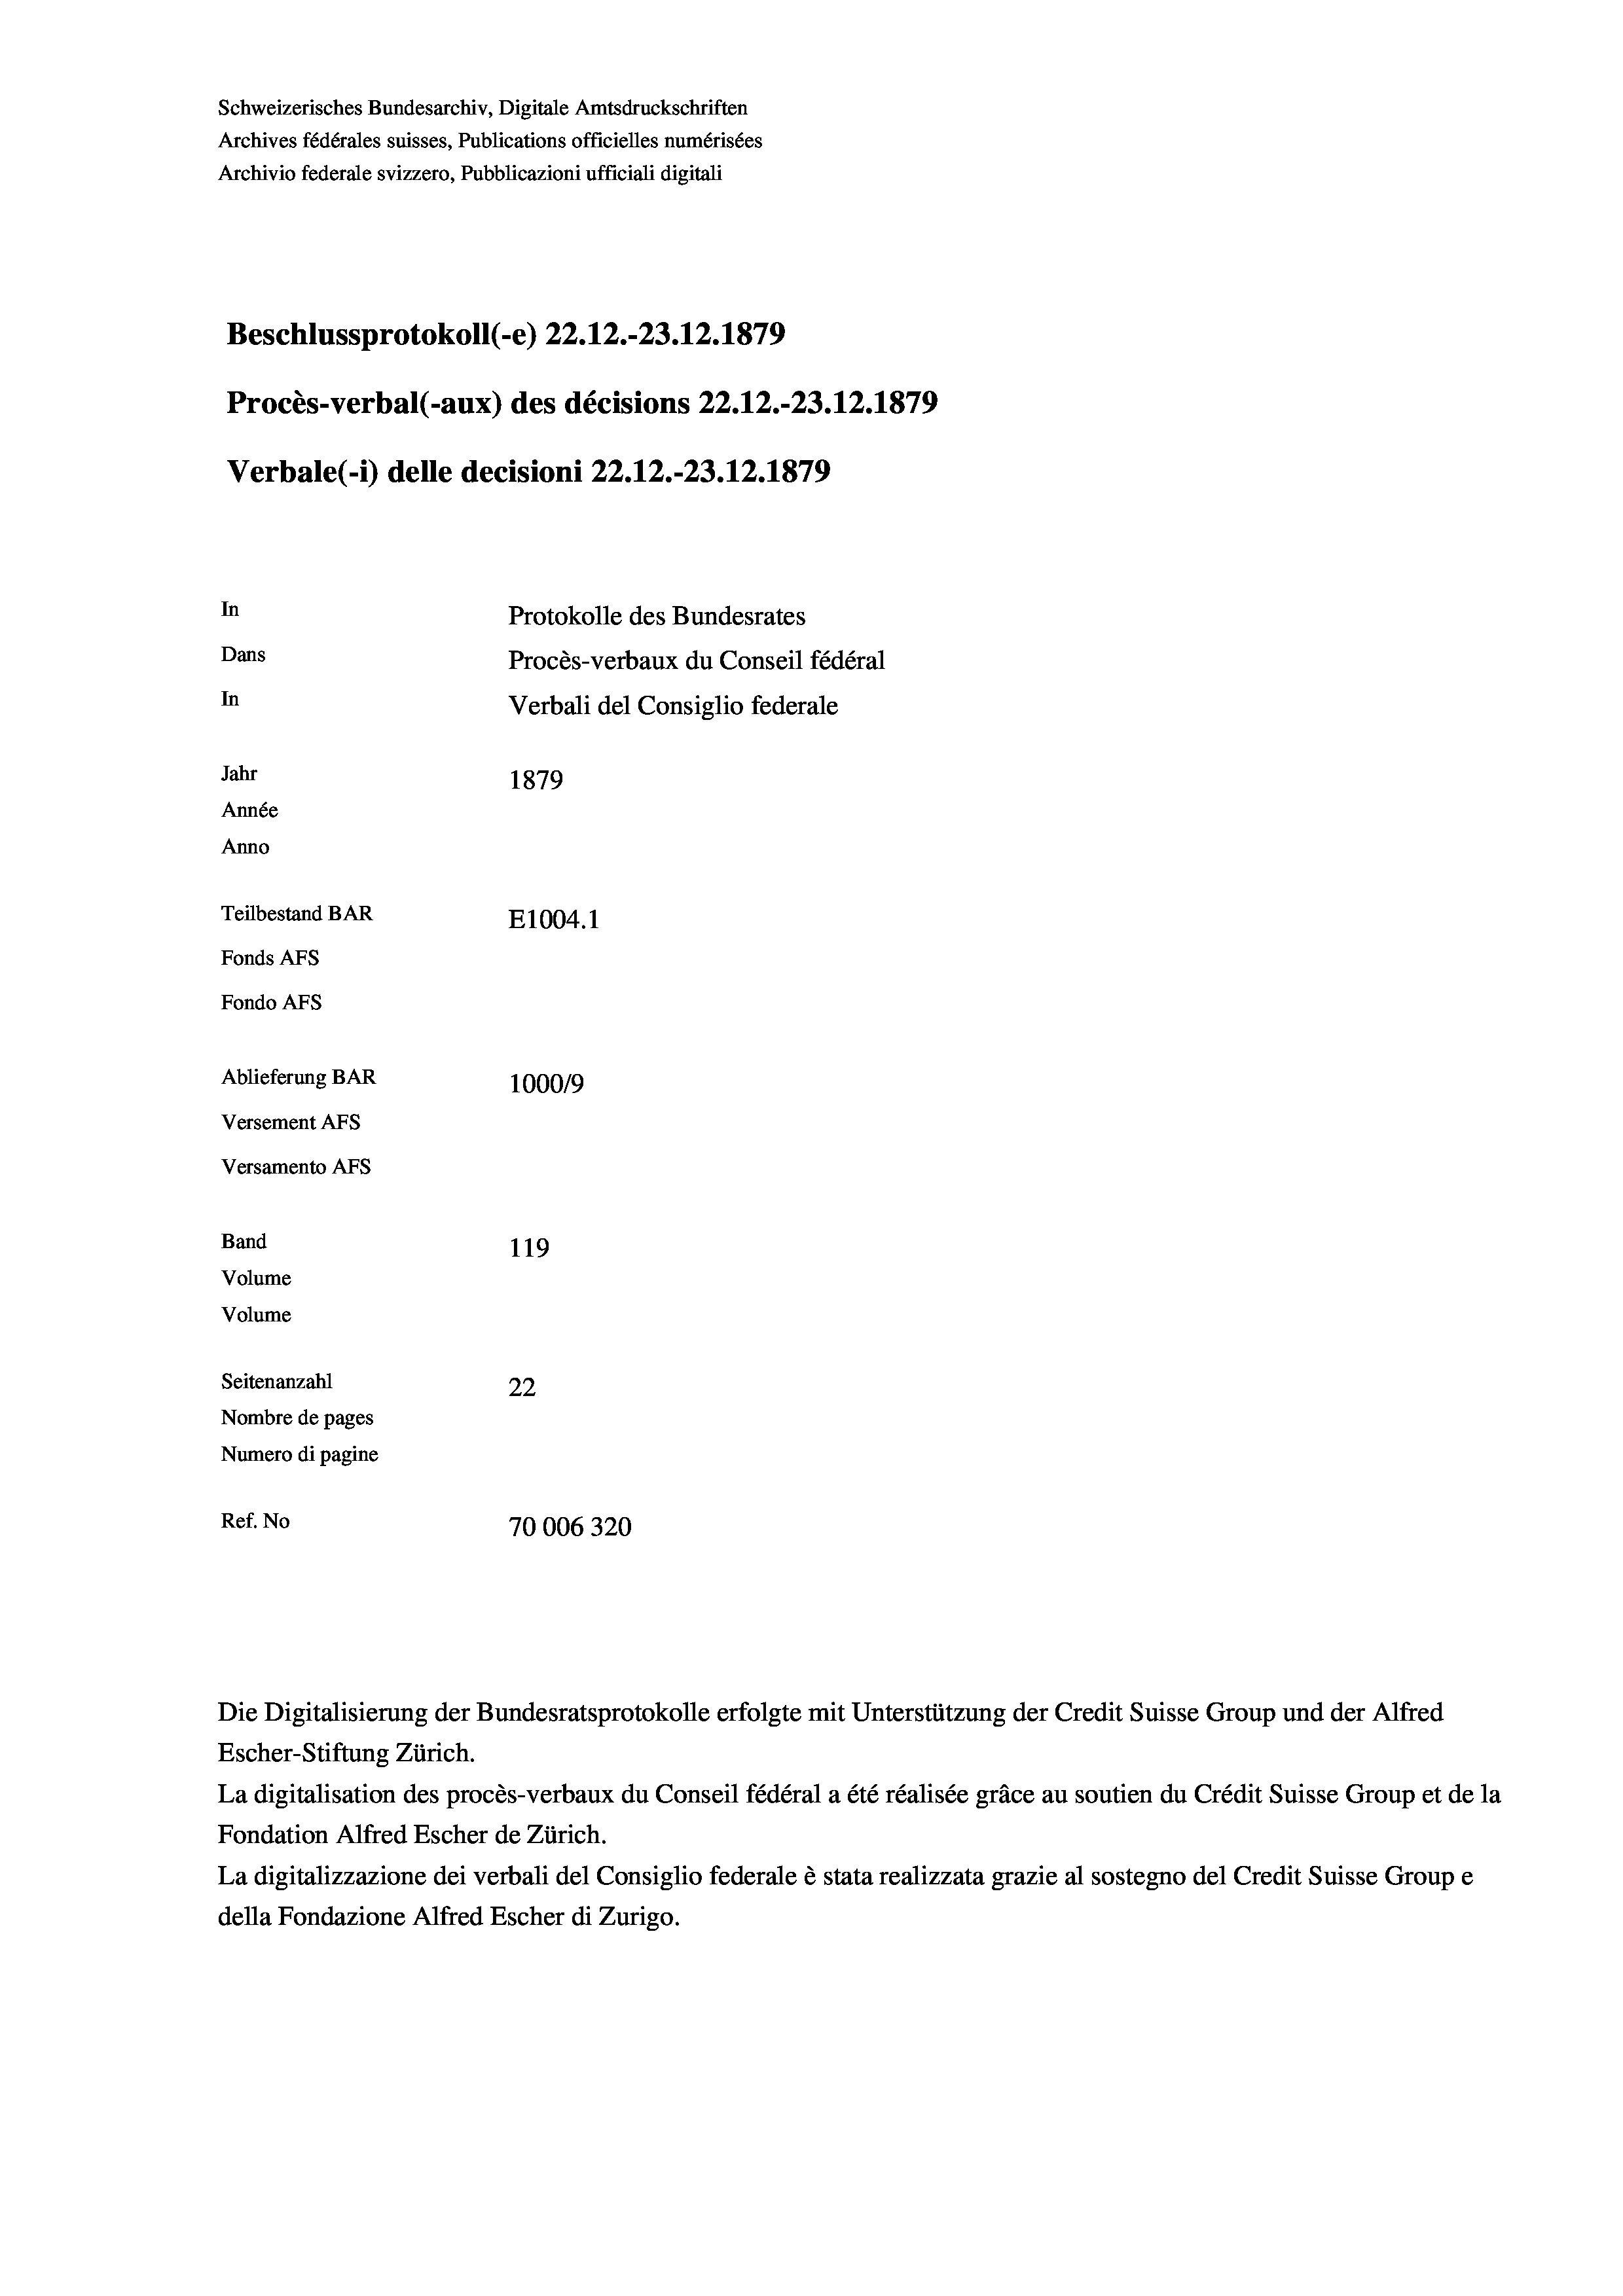
Schweizerisches Bundesarchiv, Digitale Amtsdruckschriften
Archives fédérales suisses, Publications officielles numérisées
Archivio federale svizzero, Pubblicazioni ufficiali digitali
Beschlussprotokoll (-e) 22.12.-23.12.1879
Procès-verbal (-aux) des décisions 22.12.-23.12.1879
Verbale (1) delle decisioni 22.12.-23.12.1879
In
Protokolle des Bundesrates
Dans
Procès-verbaux du Conseil fédéral
In
Verbali del Consiglio federale
Jahr
1879
Année
Anno
Teilbestand BAR
E1004. 1
Fonds AFs
Fondo Afs
Ablieferung BAR
100019
Versement AFs
Versamento AFS
Band
119
Volume
Volume
Seitenanzahl
22
Nombre de pages
Numero di pagine
Ref. No
70006320

Die Digitalisierung der Bundesratsprotokolle erfolgte mit Unterstützung der Credit Suisse Group und der Alfred

Escher-Stiftung Zürich.
La digitalisation des procès-verbaux du Conseil fédéral a été réalisée gräce au soutien du Crédit Suisse Group et de la
Fondation Alfred Escher de Zürich.
La digitalizzazione dei verbali del Consiglio federale è stata realizzata grazie al sostegno del Credit Suisse Groupe
della Fondazione Alfred Escher di Zurigo.